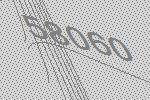
58060